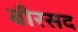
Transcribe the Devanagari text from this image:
बीरसद